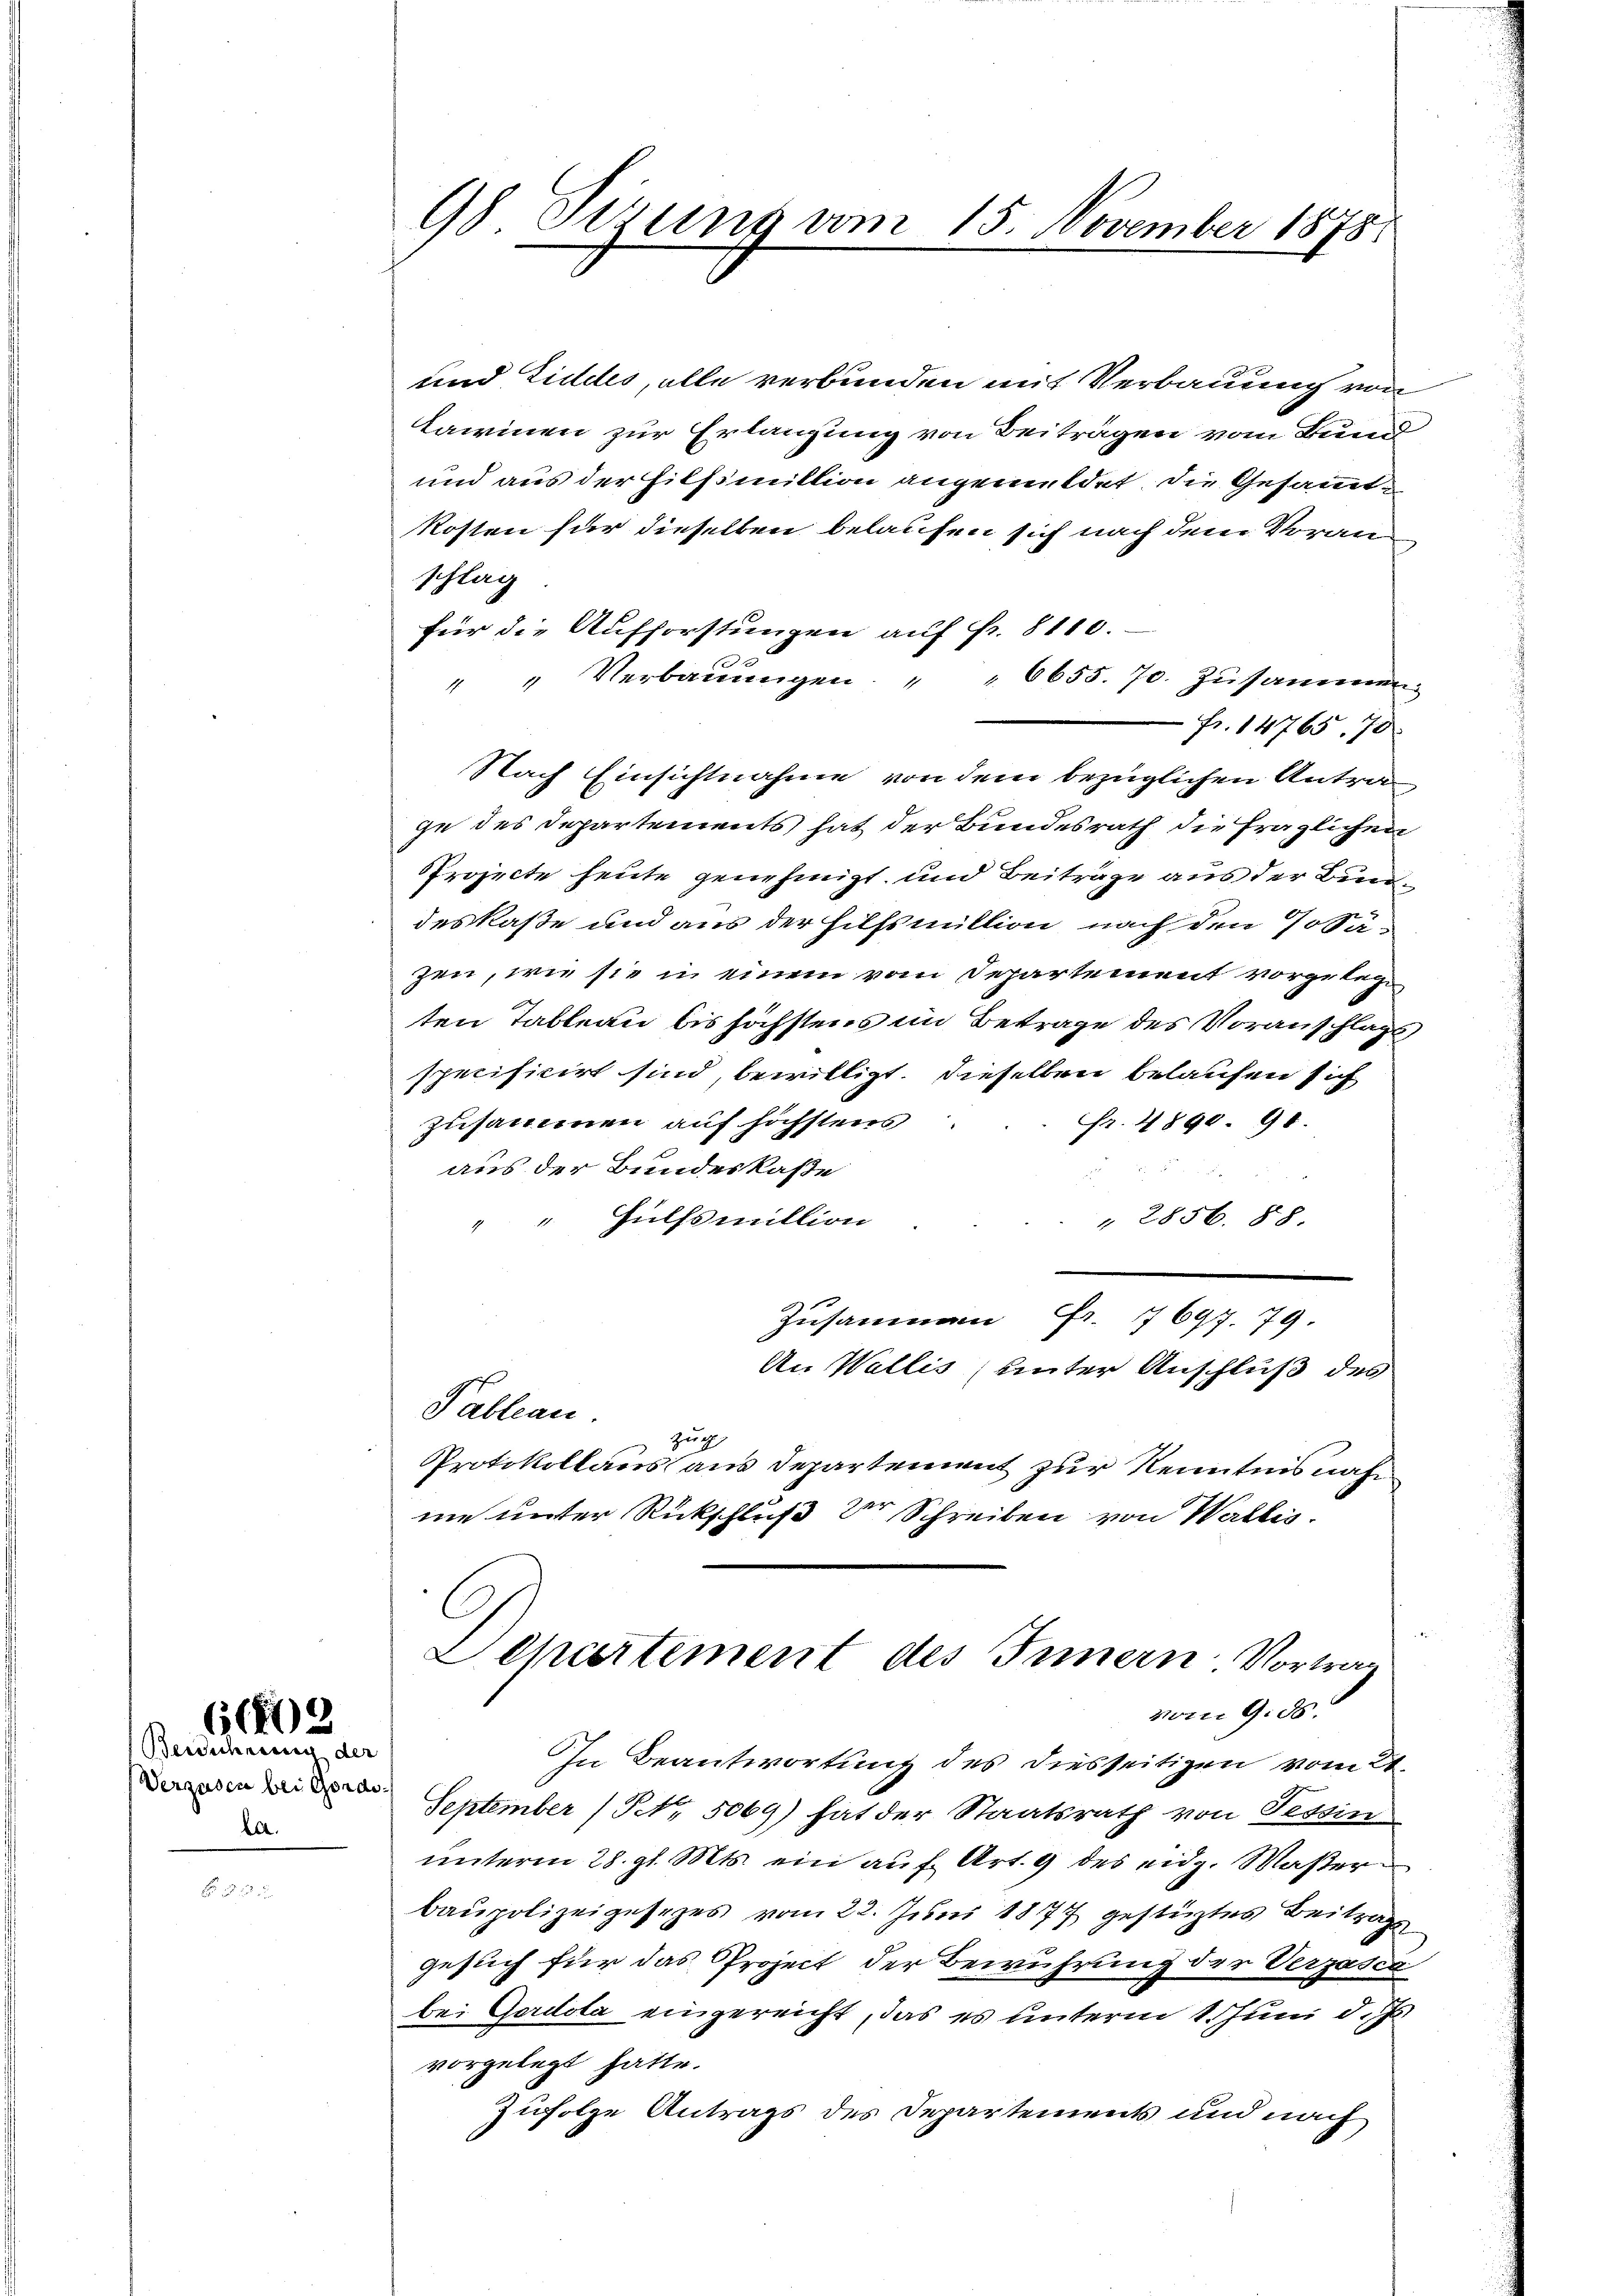
Verzusen bei Gords¬
.

(1803
Berechnung der

98 Stzung vom 15. November 1878

und Liedes, alle verbunden mit Verbauung von
Lawinen zur Erlangung von Beiträgen vom Bund
und aus der Filsimillion angemeldet, die Gesammtkosten für dieselben belaufen sich nach dem Voranschlag
für die Aufforstungen auf Fr. 8110.
 " Verbauungen " " 6655. 70. Zusammen
Fr. 14765. 70
Nach Einsichtnahme von dem bezüglichen Antrage des Departements hat der Bundesrath die fraglichen
Projecte heute genehmigt, und Beiträge aus der Bundeskaße und aus der Hilfsmillion nach den Posäzen, wie sie in einem vom Departement vorgeleg
ten Tableau bis höchstens im Betrage des Voranschlags
specificirt sind, bewilligt. Dieselben belaufen sich
zusammen auf höchstens
Fr. 4890. 91.
aus der Bundeskaße
Hülfsmillion
" 2856. 88
Zusammen Fr. 7697. 79.
An Wallis (unter Anschluß des
Pableau.
Zug
Protokollaus aus Departement zur Kenntnis nahe
me unter Rückschluß der Schreiben von Wallis.
Departement des Innern. Vortrag
vom 9. ds.
In Beantwortung des diesseitigen vom 21.
September No. 5069) hat der Staatsrath von Tessin
unterm 28. gl. Mts. ein auf Art. 9 des eidg. Waßer
baupolizeigesezes vom 22. Juni 1877 gestürztes Beitrags
gesuch für das Project der Berührung der Verzasia
bei Gerdola eingereicht, das es unterm 1. Juni d. Js
vorgelegt hatte.
Zufolge Antrags des Departements und nach